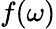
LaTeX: f(\omega)